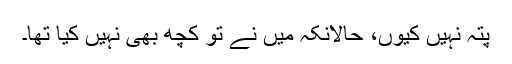
پتہ نہیں کیوں، حالانکہ میں نے تو کچھ بھی نہیں کیا تھا۔